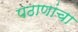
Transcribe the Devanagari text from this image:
पठाणांचा